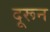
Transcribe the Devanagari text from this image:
दूरून